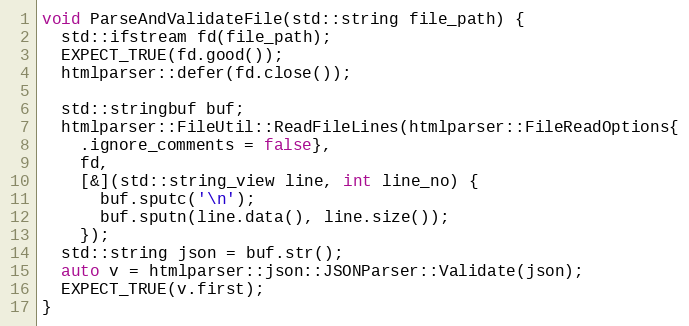
Language: C++
void ParseAndValidateFile(std::string file_path) {
  std::ifstream fd(file_path);
  EXPECT_TRUE(fd.good());
  htmlparser::defer(fd.close());

  std::stringbuf buf;
  htmlparser::FileUtil::ReadFileLines(htmlparser::FileReadOptions{
    .ignore_comments = false},
    fd,
    [&](std::string_view line, int line_no) {
      buf.sputc('\n');
      buf.sputn(line.data(), line.size());
    });
  std::string json = buf.str();
  auto v = htmlparser::json::JSONParser::Validate(json);
  EXPECT_TRUE(v.first);
}